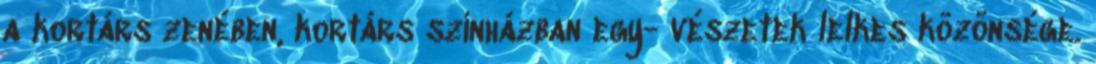
a kortárs zenében, kortárs színházban egy- vészetek lelkes közönsége.